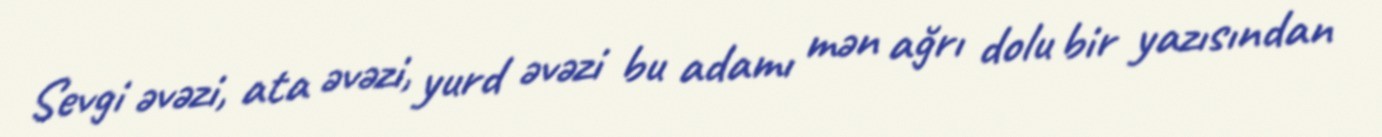
Sevgi əvəzi, ata əvəzi, yurd əvəzi bu adamı mən ağrı dolu bir yazısından